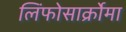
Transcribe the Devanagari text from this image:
लिंफोसार्क्रोमा